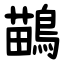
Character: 鶓